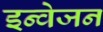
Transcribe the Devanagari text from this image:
इन्वेजन